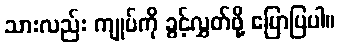
သားလည်း ကျုပ်ကို ခွင့်လွှတ်ဖို့ ပြောပြပါ။